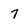
Character: 7